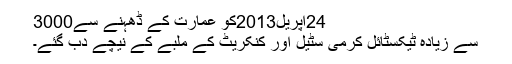
24اپریل2013کو عمارت کے ڈھہنے سے3000
سے زیادہ ٹیکسٹائل کرمی سٹیل اور کنکریٹ کے ملبے کے نیچے دب گئے۔